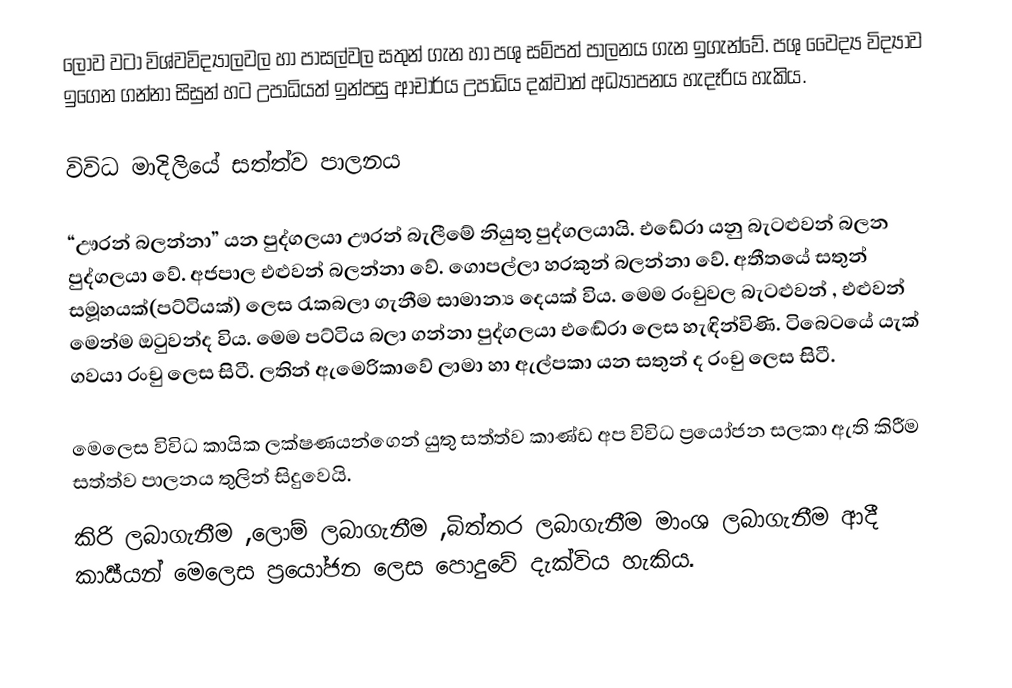
ලොව වටා විශ්වවිද්‍යාලවල හා පාසල්වල  සතුන් ගැන හා පශු සම්පත් පාලනය ගැන ඉගැන්වේ. පශු වෛද්‍ය විද්‍යාව ඉගෙන ගන්නා සිසුන් හට උපාධියත් ඉන්පසු ආචාර්ය උපාධිය දක්වාත් අධ්‍යාපනය හැදෑරිය හැකිය.

විවිධ මාදිලියේ සත්ත්ව පාලනය

“ඌරන් බලන්නා” යන පුද්ගලයා ඌරන් බැලීමේ නියුතු පුද්ගලයායි. එඩේරා යනු බැටළුවන් බලන පුද්ගලයා වේ. අජපාල එළුවන් බලන්නා වේ. ගොපල්ලා හරකුන් බලන්නා වේ. අතීතයේ සතුන් සමූහයක්(පට්ටියක්) ලෙස රැකබලා ගැනීම සාමාන්‍ය දෙයක් විය. මෙම රංචුවල බැටළුවන් , එළුවන් මෙන්ම ඔටුවන්ද විය. මෙම පට්ටිය බලා ගන්නා පුද්ගලයා එඬේරා ලෙස හැඳින්විණි. ටිබෙටයේ යැක් ගවයා රංචු ලෙස සිටී. ලතින් ඇමෙරිකාවේ ලාමා හා ඇල්පකා යන සතුන් ද රංචු ලෙස සිටී.

මෙලෙස විවිධ කායික ලක්ෂණයන්ගෙන් යුතු සත්ත්ව කාණ්ඩ අප විවිධ ප්‍රයෝජන සලකා ඇති කිරීම සත්ත්ව පාලනය තුලින් සිදුවෙයි.
කිරි ලබාගැනීම ,ලොම් ලබාගැනීම ,බිත්තර ලබාගැනීම මාංශ ලබාගැනීම ආදී කාර්‍ය්යන් මෙලෙස ප්‍රයෝජන ලෙස පොදුවේ දැක්විය හැකිය.